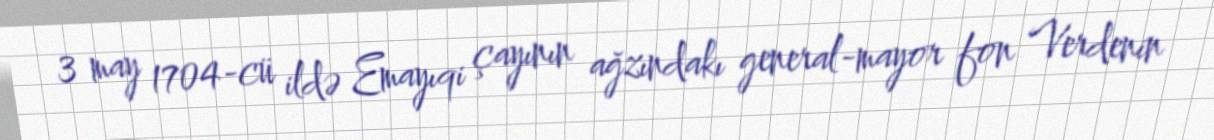
3 may 1704-cü ildə Emayıqi çayının ağzındakı general-mayor fon Verdenin